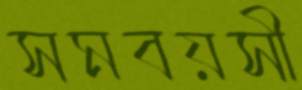
সমবয়সী